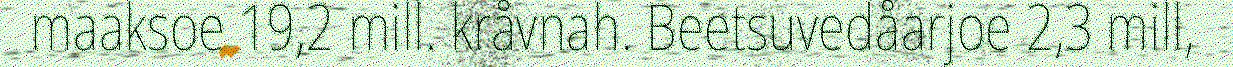
maaksoe 19,2 mill. kråvnah. Beetsuvedåarjoe 2,3 mill,